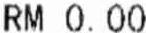
RN 0.00